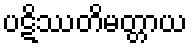
ပဋိဿတိမတ္တာယ